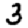
Digit: 3